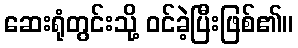
ဆေးရုံတွင်းသို့ ဝင်ခဲ့ပြီးဖြစ်၏။